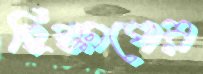
হিক্কাপের